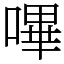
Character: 嗶